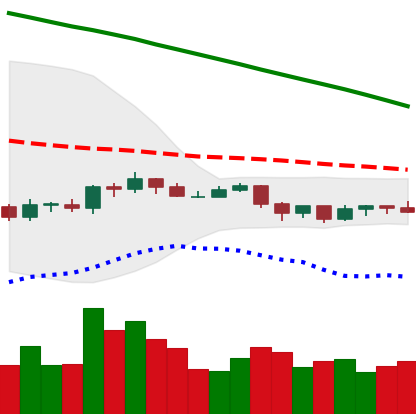
Ticker: ADA-USD
Chart end date: 2019-10-22
Forward return: 9.066%
Label: up_7plus